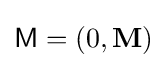
{\mathsf {M}}=(0,\mathbf {M} )